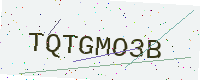
Text: TQTGMO3B